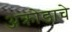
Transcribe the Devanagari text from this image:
अक्रोडाचे